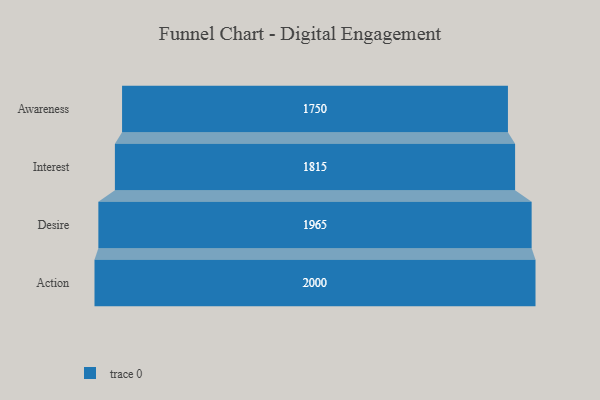
{"axis": {"x": "Stage", "y": "Value"}, "legend": [""], "data": [{"x": "Awareness", "y": 1750.0, "type": ""}, {"x": "Interest", "y": 1815.0, "type": ""}, {"x": "Desire", "y": 1965.0, "type": ""}, {"x": "Action", "y": 2000, "type": ""}]}